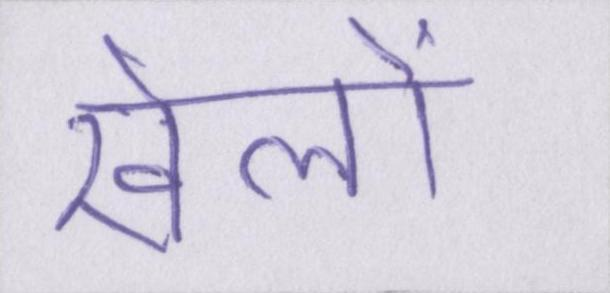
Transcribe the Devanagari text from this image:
खेलों